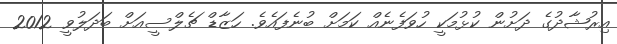
އިރުޝާދުގެ ދަށުން ކުޅުމަކީ ހުވަފެނެއް ކަމަށް ބުނެފައެވެ. ހަޒާޑް ޗެލްސީއަށް ބަދަލުވީ 2012